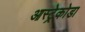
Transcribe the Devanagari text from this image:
आस्ट्रेकोडा